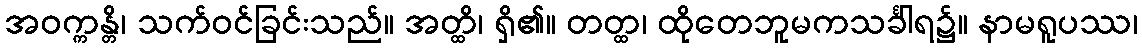
အဝက္ကန္တိ၊ သက်ဝင်ခြင်းသည်။ အတ္ထိ၊ ရှိ၏။ တတ္ထ၊ ထိုတေဘူမကသင်္ခါရ၌။ နာမရူပဿ၊